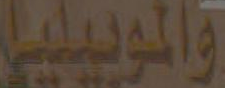
والموبيليا